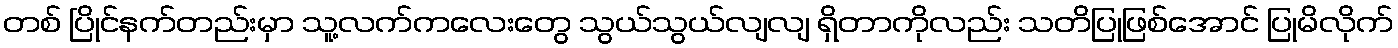
တစ် ပြိုင်နက်တည်းမှာ သူ့လက်ကလေးတွေ သွယ်သွယ်လျလျ ရှိတာကိုလည်း သတိပြုဖြစ်အောင် ပြုမိလိုက်